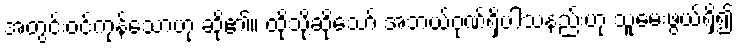
အတွင်းဝင်ကုန်သောဟု ဆို၏။ ထိုသို့ဆိုသော် အဘယ်ဂုဏ်ရှိပါသနည်းဟု သူမေးဖွယ်ရှိ၍